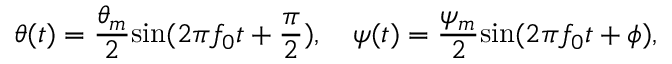
\theta ( t ) = \frac { \theta _ { m } } { 2 } \mathrm { s i n } ( 2 \pi f _ { 0 } t + \frac { \pi } { 2 } ) , \quad \psi ( t ) = \frac { \psi _ { m } } { 2 } \mathrm { s i n } ( 2 \pi f _ { 0 } t + \phi ) ,